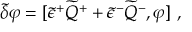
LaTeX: \tilde { \delta } \varphi = [ \tilde { \epsilon } ^ { + } \widetilde { Q } ^ { + } + \tilde { \epsilon } ^ { - } \widetilde { Q } ^ { - } , \varphi ] ~ ,